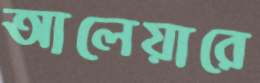
আলেয়ারে